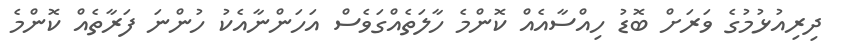
ދިރިއުޅުމުގެ ވަރަށް ބޮޑު ހިއްސާއެއް ކޮންމެ ހާލަތެއްގަވެސް އަހަންނާއެކު ހުންނަ ފަރާތެއް ކޮންމެ